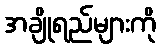
အချိုရည်များကို